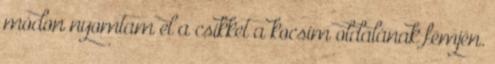
módon nyomtam el a csikket a kocsim oldalának fémjén.